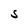
Character: S